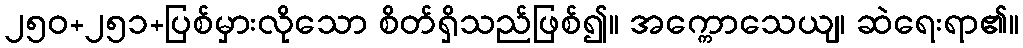
၂၅၀+၂၅၁+ပြစ်မှားလိုသော စိတ်ရှိသည်ဖြစ်၍။ အက္ကောသေယျ၊ ဆဲရေးရာ၏။